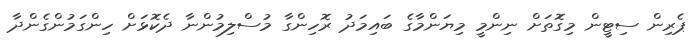
ޕެރިން ސިޓީން މިގޮތަށް ނިންމީ މިޔަންމާގެ ބައިމަދު ރޮހިންގާ މުސްލިމުންނާ ދެކޮޅަށް ހިންގަމުންގެންދާ